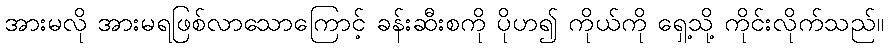
အားမလို အားမရဖြစ်လာသောကြောင့် ခန်းဆီးစကို ပိုဟ၍ ကိုယ်ကို ရှေ့သို့ ကိုင်းလိုက်သည်။